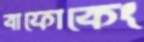
বাফোকেং